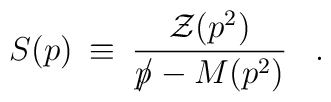
S(p) \> \equiv \> {{\cal Z}(p^2) \over {p \hspace{-5pt}/} - M(p^2)}\;\;\;.